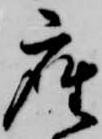
座